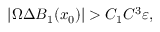
| \Omega \Delta B _ { 1 } ( x _ { 0 } ) | > C _ { 1 } C ^ { 3 } \varepsilon ,